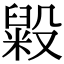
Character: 毇